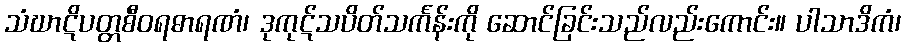
သံဃာဋိပတ္တစီဝရဓာရဏံ၊ ဒုကုဋ်သပိတ်သင်္ကန်းကို ဆောင်ခြင်းသည်လည်းကောင်း။ ပါသာဒိကံ၊